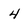
Character: 4